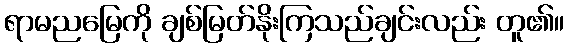
ရာမညမြေကို ချစ်မြတ်နိုးကြသည်ချင်းလည်း တူ၏။